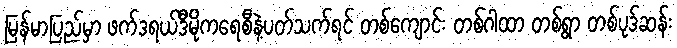
မြန်မာပြည်မှာ ဖက်ဒရယ်ဒီမိုကရေစီနဲ့ပတ်သက်ရင် တစ်ကျောင်း တစ်ဂါထာ တစ်ရွာ တစ်ပုဒ်ဆန်း